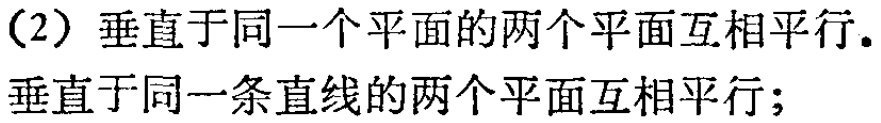
（2）垂直于同一个平面的两个平面互相平行.
垂直于同一条直线的两个平面互相平行;